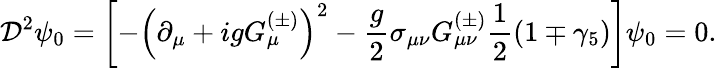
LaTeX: \mathcal{D}^{2}\psi_{0}=\left[-\left(\partial_{\mu}+igG_{\mu}^{\left(\pm\right)}\right)^{2}-\frac{g}{2}\sigma_{\mu\nu}G_{\mu\nu}^{\left(\pm\right)}\frac{1}{2}\left(1\mp\gamma_{5}\right)\right]\psi_{0}=0.